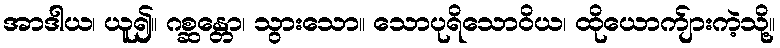
အာဒါယ၊ ယူ၍။ ဂစ္ဆန္တော၊ သွားသော။ သောပုရိသောဝိယ၊ ထိုယောက်ျားကဲ့သို့။